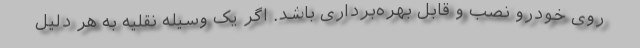
روی خودرو نصب و قابل بهره‌برداری باشد. اگر یک وسیله نقلیه به هر دلیل